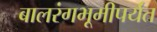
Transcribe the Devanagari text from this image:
बालरंगभूमीपर्यंत